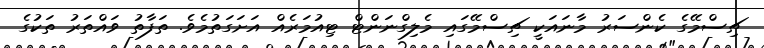
ޗިސްމޭގެ ކެންސަރު މާނައަކީ ޗިސްމޭގައި މެލިގްނަންޓް ޓިއުމަރެއް އަށަގަތުމެވެ. ތަފާތު ވައްތަރު ތަކުގެ